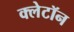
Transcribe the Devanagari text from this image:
क्लेटॉन